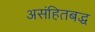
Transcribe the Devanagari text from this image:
असंहितबद्ध